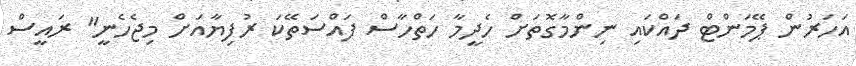
އަހަރުން ޕޭމަންޓް ދައްކައި ނިންމާގޮތަށް ހެދީމާ ހަތްހާސް ފައްސަތޭކަ ރުފިޔާއަށް މިޖެހެނީ" ރައީސް